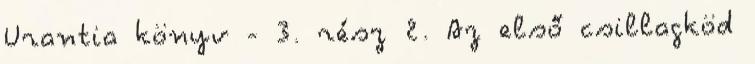
Urantia könyv - 3. rész 2. Az első csillagköd